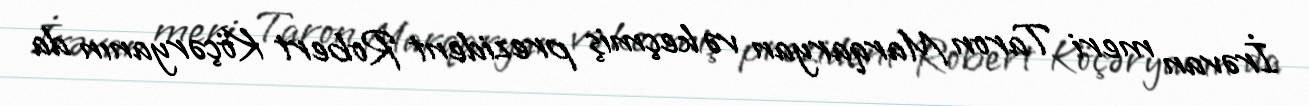
İrəvan meri Taron Marqaryan və keçmiş prezident Robert Köçəryanın da